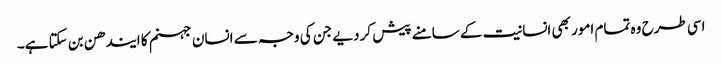
اسی طرح وہ تمام امور بھی انسانیت کے سامنے پیش کر دیے جن کی وجہ سے انسان جہنم کا ایندھن بن سکتا ہے۔